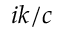
i k / c